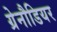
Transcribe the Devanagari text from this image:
ग्रेनौडियर